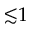
{ \lesssim } 1